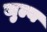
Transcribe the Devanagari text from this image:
जुल्य